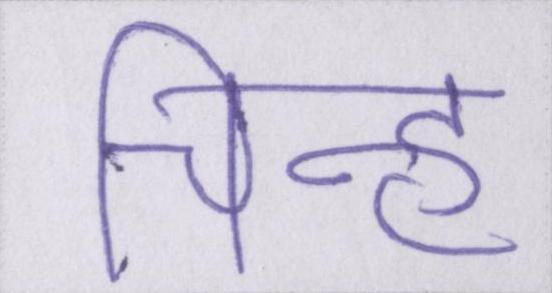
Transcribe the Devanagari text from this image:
चिह्न